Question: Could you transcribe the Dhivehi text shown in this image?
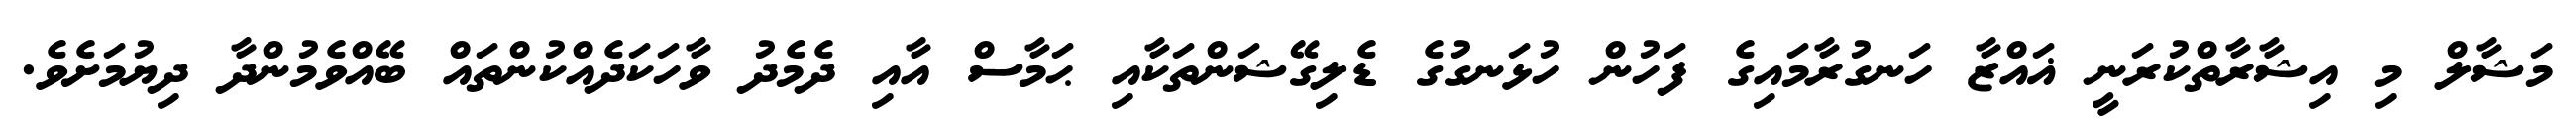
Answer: މަޝާލް މި އިޝާރާތްކުރަނީ ޣައްޒާ ހަނގުރާމައިގެ ފަހުން ހުޅަނގުގެ ޑެލިގޭޝަންތަކާއި ޙަމާސް އާއި ދެމެދު ވާހަކަދެއްކުންތައް ބޭއްވެމުންދާ ދިޔުމަށެވެ.